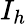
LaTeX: I_{h}